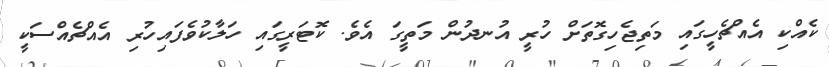
ކެއްކި އެއްޗެހީގައި މަތިޖެހިގޮތަށް ހުރީ އުނދުން މަތީގަ އެވެ. ކޮޓަރީގައި ހަލާކުވެފައިހުރި އެއްޗެއްސަކީ